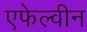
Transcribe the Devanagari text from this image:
एफेल्वीन